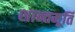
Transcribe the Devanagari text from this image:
शान्तमूर्तिं